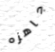
جاهزه